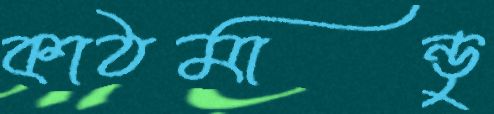
কাঠমান্ডু